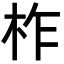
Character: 柞